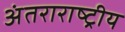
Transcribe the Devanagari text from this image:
अंतराराष्ट्रीय